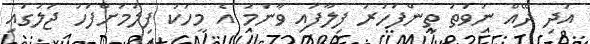
އަދި ދޭއް ނުވަތަ ތިންފަހަރު ފިލާފައި ވާނަމަ އެ މީހަކު ފިލުމަށްފަހު ޖަލުގައި